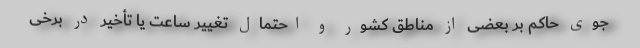
جوی حاکم بر بعضی از مناطق کشور و احتمال تغییر ساعت یا تأخیر در برخی